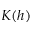
K ( h )